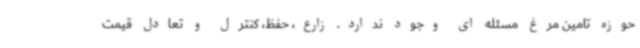
حوزه تامین مرغ مسئله ای وجود ندارد. زارع، حفظ، کنترل و تعادل قیمت